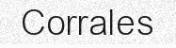
Corrales